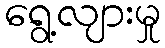
ရွေ့လျားမှု